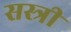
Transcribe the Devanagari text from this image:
सस्त्री